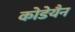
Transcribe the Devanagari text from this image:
कोडेयैन